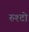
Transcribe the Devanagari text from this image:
रुश्टो